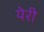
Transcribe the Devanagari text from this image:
येरी